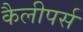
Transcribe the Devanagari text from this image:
कैलीपर्स